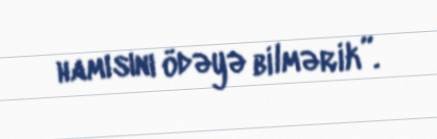
hamısını ödəyə bilmərik”.